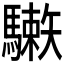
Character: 𩦙